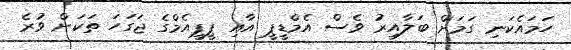
ހަމައެކަނި ގަމަށް ބަލާއިރު ވެސް އެމްޑީޕީ އާއި ޕީޕީއެމްގެ ޖަގަހަ ތަކަށް ވުރެ